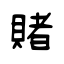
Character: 賭